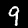
Label: 9